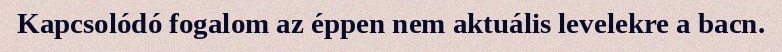
Kapcsolódó fogalom az éppen nem aktuális levelekre a bacn.